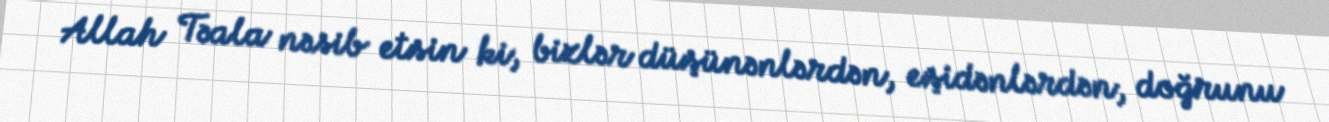
Allah Təala nəsib etsin ki, bizlər düşünənlərdən, eşidənlərdən, doğrunu